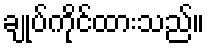
ချုပ်ကိုင်ထားသည်။